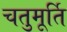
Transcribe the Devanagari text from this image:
चतुमूर्ति